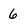
Character: 6